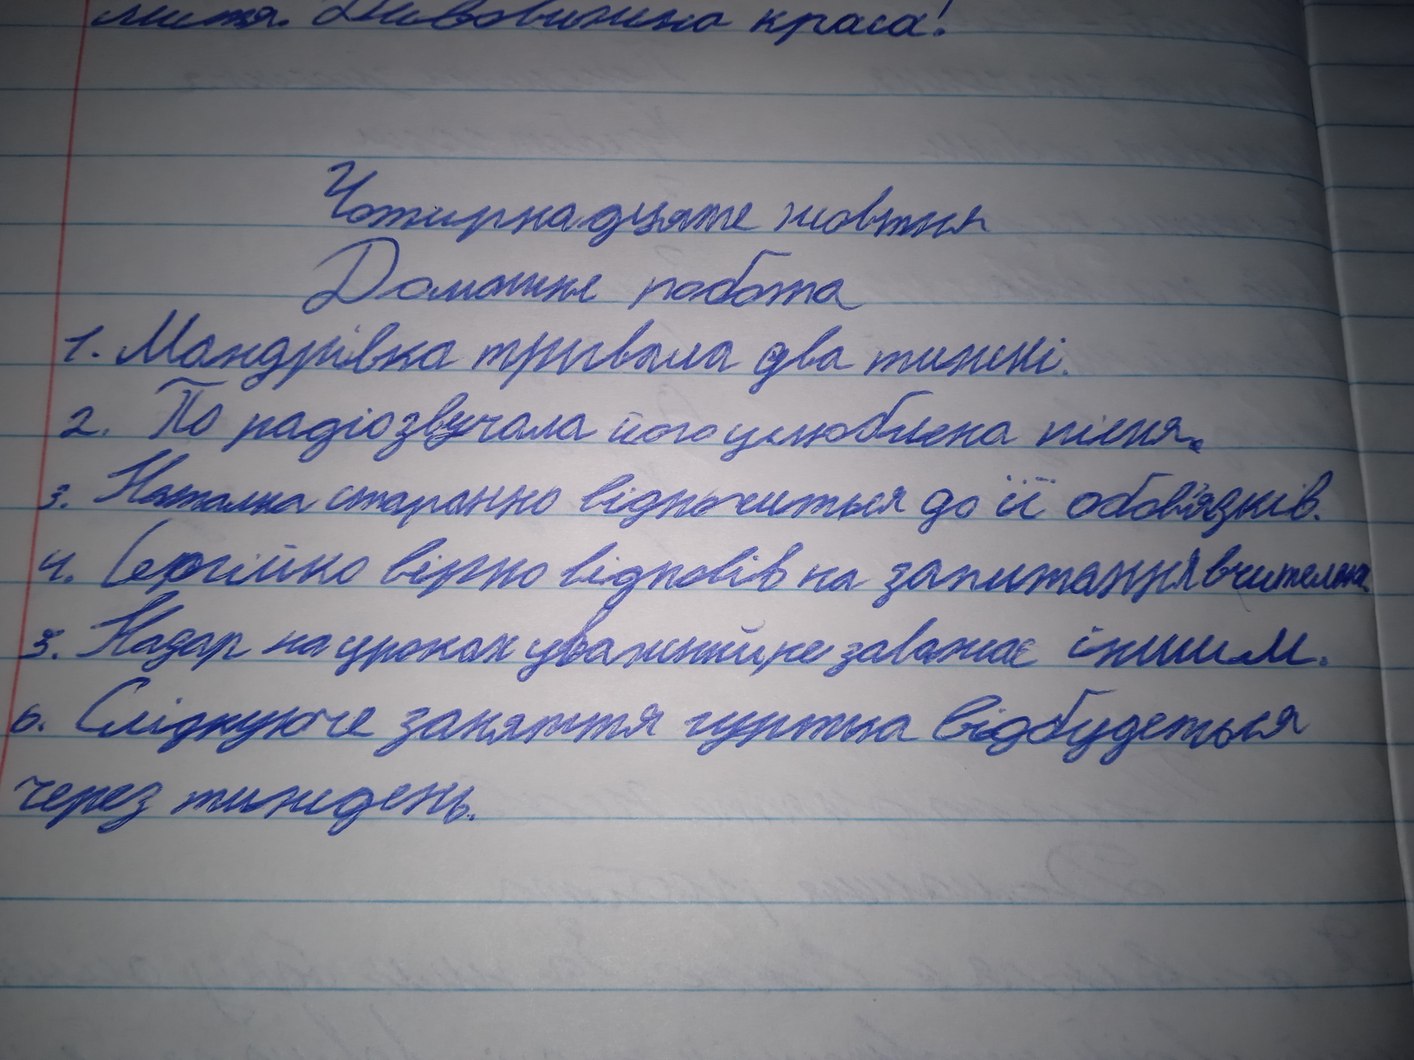
листя. Дивовижна краса!
Чотирнадцяте жовтня
Домашня робота
1. Мандрівка тривала два тижні.
2. По радіо звучала його улюблена пісня.
3. Наталка старанно відноситися до її обов'язків.
4. Сергійко вірно відповів на запитання вчительки.
5. Назар на уроках уважний не заважає іншим.
6. Слідуюче заняття гуртка відбудеться
через тиждень.